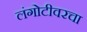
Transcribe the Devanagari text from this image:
लंगोटीवरचा